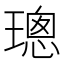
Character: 璁